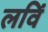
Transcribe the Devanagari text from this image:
लविं